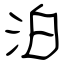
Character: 泊